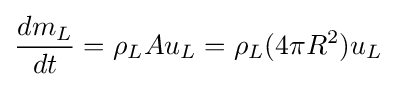
{\frac {dm_{L}}{dt}}=\rho _{L}Au_{L}=\rho _{L}(4\pi R^{2})u_{L}